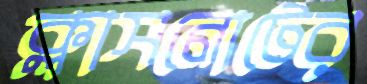
ক্লাসনোটের